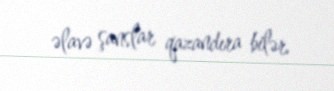
əlavə şanslar qazandıra bilər.